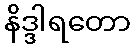
နိဒ္ဒါရတော